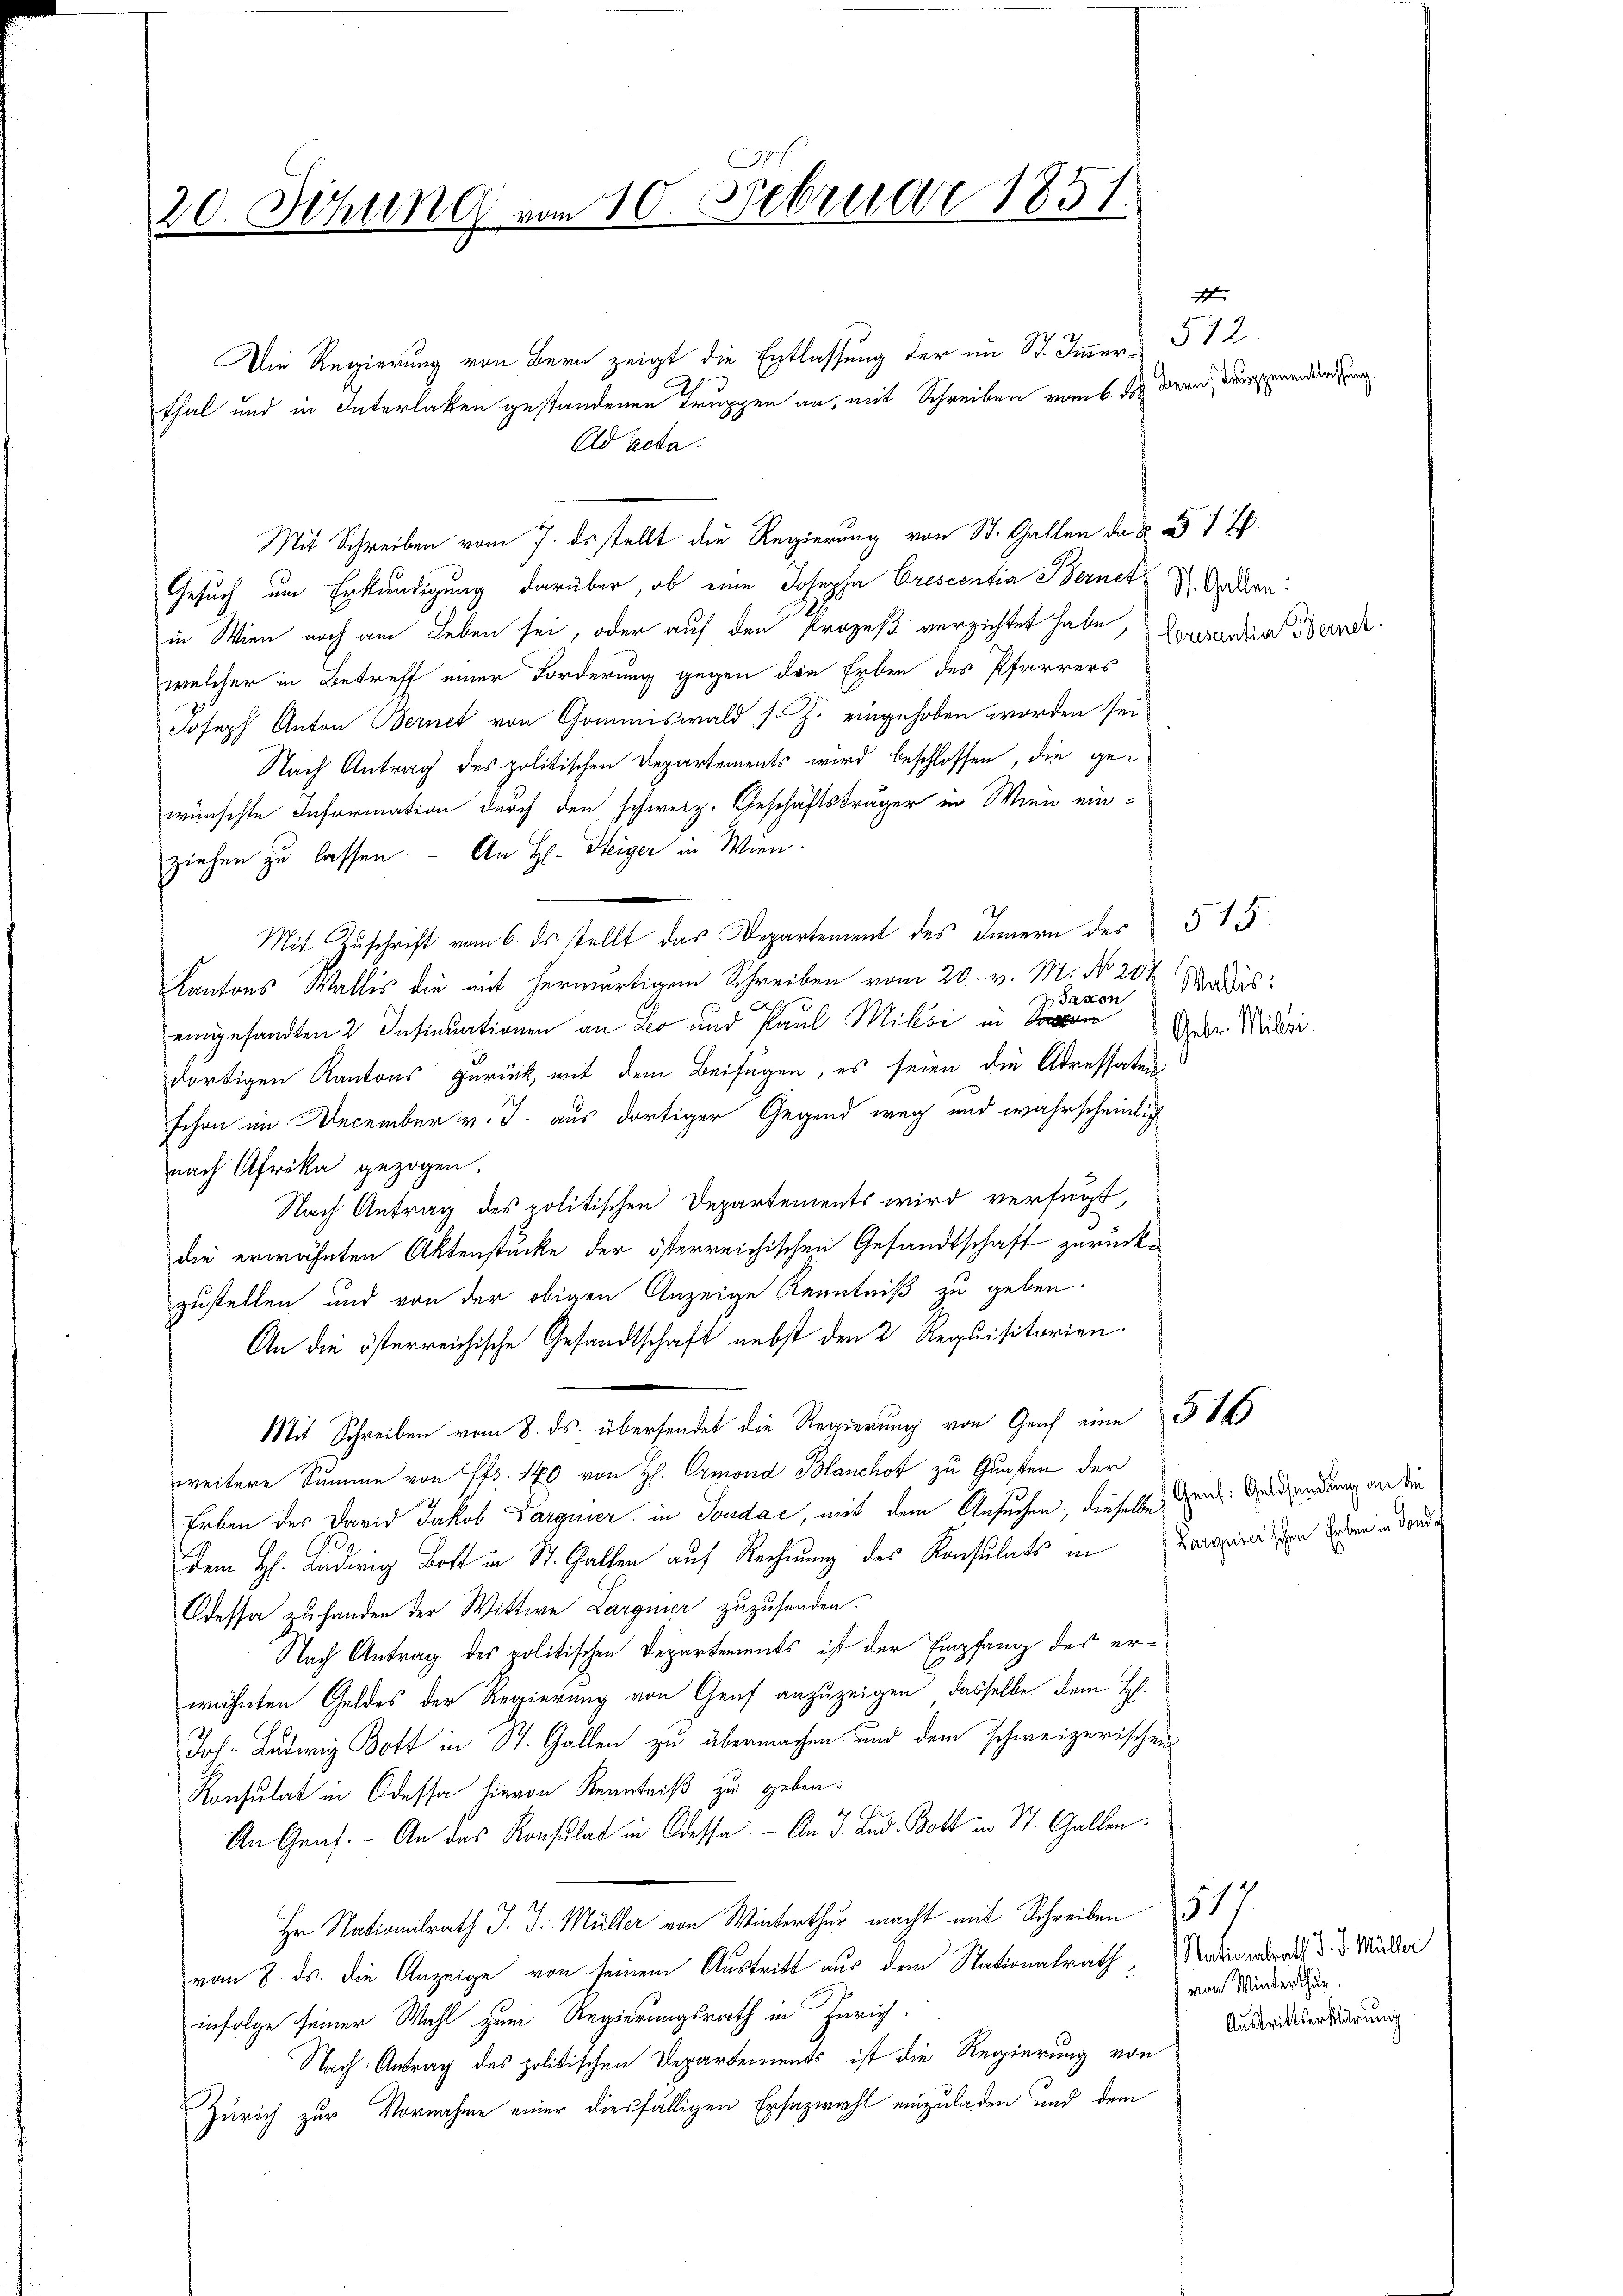
.
20. Sitzung vom 10. Februar 1857.

Die Regierung von Bern zeigt die Entlassung der im St. Immer 512.
thal und in Interlaken gestandenen Truppen an, mit Schreiben vom 6. ds. Bern, dürfenen der
Ad Acta.

Gesuch um Erkundigung darüber, ob eine Josepha Orescentia Bernet
in Wien noch am Leben sei, oder auf den Prozeß verzichtet habe
welcher in Betreff einer Forderung gegen die Erben des Pfarrers
Joseph Anton Bernet von Gommiswald, s. Z. eingehoben worden sei
Nach Antrag des politischen Departements wird beschlossen, die gewünschte Information durch den schweiz. Geschäftsträger in Wien ein-
ziehen zu lassen. - An H. Steiger in Wien.
Mit Zuschrift vom 6. ds. stellt das Departement des Innern der 5 15
Kantons Walles die mit herwärtigem Schreiben vom 20. v. M. No. 204
Waxon
eingesandten 2 Insinuationen an Leo und Paul Milesi in Son
dortigen Kantons zurück, mit dem Beifügen, es seien die Adressaten
schon im December v. J. aus dortiger Gegend weg und wahrscheinlich
nach Afrika gezogen.
Nach Antrag des politischen Departements wird verfügt,
die erwähnten Aktenstücke der österreichischen Gesandtschaft zurückg
zustellen und von der obigen Anzeige Kenntniß zu geben.
An die österreichische Gesandtschaft nebst den 2 Requisitorien.
Mit Schreiben vom 8. ds. übersendet die Regierung von Graf eine 514
weitere Summe von Pfr. 180 von H. Ormond Blanchof zu Gunsten der
Erben des David Jakob Darguier in Sondać, mit dem Ansuchen; dieselbe Ganz Heidendung an die
dem H. Ludwig Bott in St. Gallen auf Rechnung des Konsulats in Zararii, von Leben in den¬
Cdessa zu handen der Wittwe Largnier zuzusenden.
Nach Antrag des politischen Departements ist der Empfang des erwähnten Geldes der Regierung von Genf anzuzeigen, dasselbe dem H.
Joh. Ludwig Bott in St. Gallen zu übermachen und dem schweizerischen
Konsulat in Odessa hievon Kenntniß zu geben¬
An Graf. - An das Konsulat in Odessa. - An d. Lud. Bott in St. Gallen.
Hr Nationalrath J. J. Müller von Winterthur macht mit Schreiben 517.
vom 8. ds. die Anzeige von seinem Austritt aus dem Nationalrath, Natiendrath d. d. Würder
infolge seiner Wahl zum Regierungsrath in Zürich
Nach Antrag des politischen Departements ist die Regierung von
Zürich zur Vornahme einer diesfälligen Ersazwahl einzuladen und dem

Mit Schreiben vom 7. ds stellt die Regierung von St. Gallen das

d

St. Gallen:
Crsantier Bernet

Wallis:
Gebr. Milli

von Winterthur.
Austrittserklärung